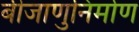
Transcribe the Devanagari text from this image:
बीजाणुनिर्माण